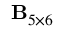
{ \bf B } _ { 5 \times 6 }